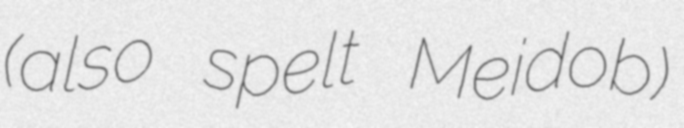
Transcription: (also spelt Meidob)